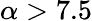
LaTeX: \alpha>7.5